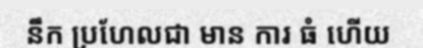
នឹក ប្រហែលជា មាន ការ ធំ ហើយ